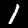
Label: 1